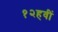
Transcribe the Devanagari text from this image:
१२हवीं